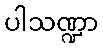
ပါသဏ္ဍာ